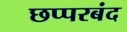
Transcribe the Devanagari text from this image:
छप्परबंद